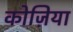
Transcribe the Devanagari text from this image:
कोज़िया